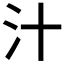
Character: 汁